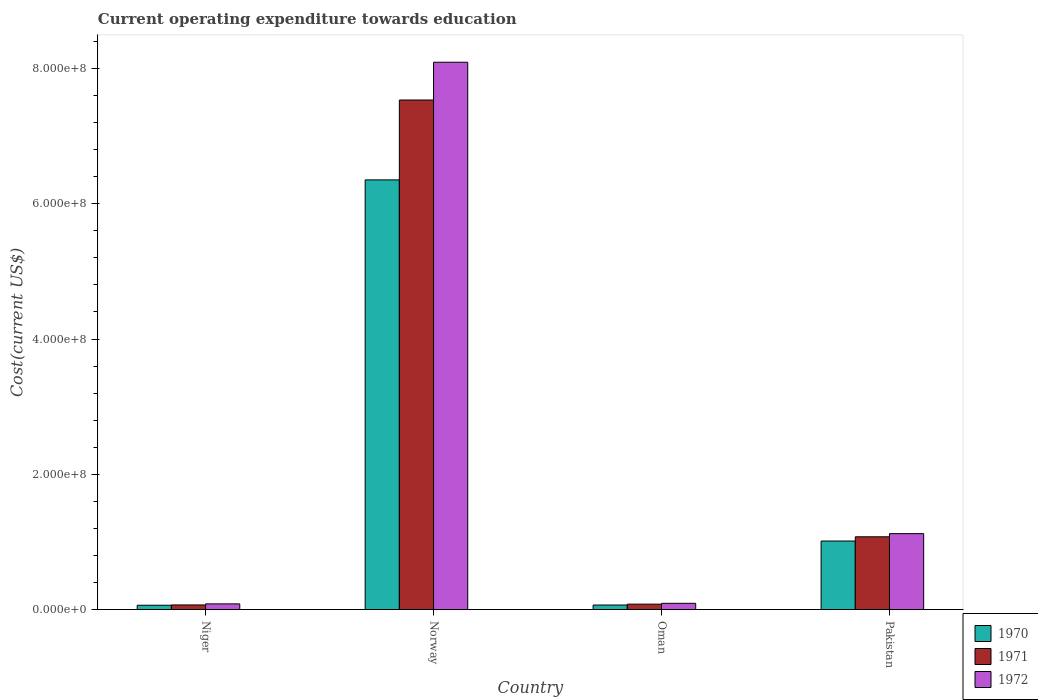
| Country | 1970 | 1971 | 1972 |
 | --- | --- | --- | --- |
 | Niger | 6.48e+06 | 6.92e+06 | 8.5e+06 |
 | Norway | 6.35e+08 | 7.53e+08 | 8.09e+08 |
 | Oman | 6.8e+06 | 8.09e+06 | 9.32e+06 |
 | Pakistan | 1.01e+08 | 1.08e+08 | 1.12e+08 |